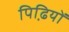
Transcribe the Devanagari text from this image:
पिढि़यों